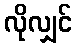
လိုလျှင်